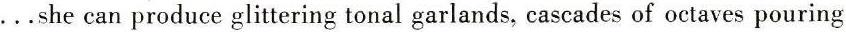
. . .she can produce glittering tonal garlands, cascades of octaves pouring